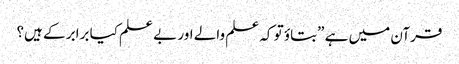
قرآن میں ہے ”بتاؤ تو کہ علم والے اور بے علم کیا برابر کے ہیں؟